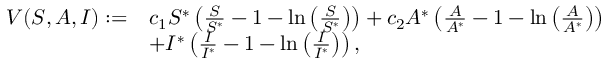
\begin{array} { r l } { V ( S , A , I ) : = } & { c _ { 1 } S ^ { * } \left( \frac { S } { S ^ { * } } - 1 - \ln \left( \frac { S } { S ^ { * } } \right) \right) + c _ { 2 } A ^ { * } \left( \frac { A } { A ^ { * } } - 1 - \ln \left( \frac { A } { A ^ { * } } \right) \right) } \\ & { + I ^ { * } \left( \frac { I } { I ^ { * } } - 1 - \ln \left( \frac { I } { I ^ { * } } \right) \right) , } \end{array}